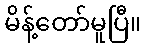
မိန့်တော်မူပြီ။